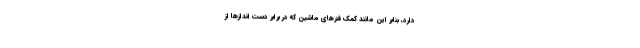
دارد، بنابر این مانند کمک فنرهای ماشین که در برابر دست اندازها از